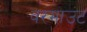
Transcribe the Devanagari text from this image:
वरमाउंट